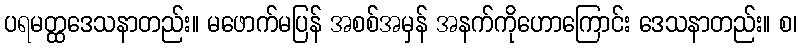
ပရမတ္ထဒေသနာတည်း။ မဖောက်မပြန် အစစ်အမှန် အနက်ကိုဟောကြောင်း ဒေသနာတည်း။ စ၊